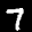
Label: 7